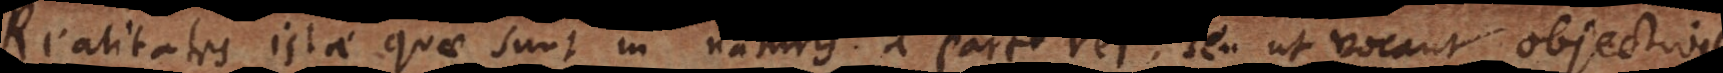
Realitates istae quae sunt in naturis a parte rei seu ut vocant objectivae